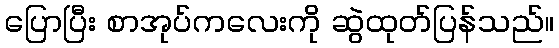
ပြောပြီး စာအုပ်ကလေးကို ဆွဲထုတ်ပြန်သည်။